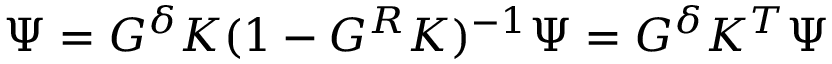
\Psi = G ^ { \delta } K ( 1 - G ^ { R } K ) ^ { - 1 } \Psi = G ^ { \delta } K ^ { T } \Psi